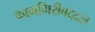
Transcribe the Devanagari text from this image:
कामगिरीबददल